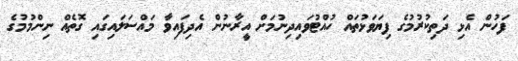
ފަހުން އެޅި ދަތިކުރުމުގެ ފިޔަވަޅުތައް ހުއްޓުވައިދިނުމަށް އީރާނުން އެދިފައިވާ މައްސަލައިގައި ގޮތެއް ނިންމުމުގެ